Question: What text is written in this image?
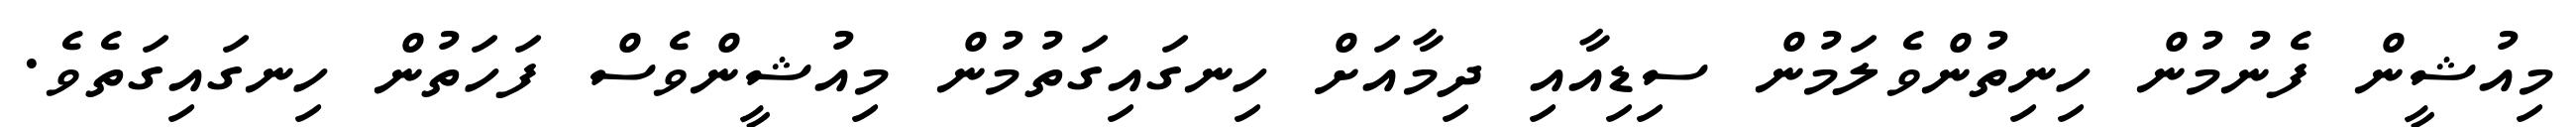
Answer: މިއުޝީން ފެނުމުން ހިނިތުންވެލަމުން ސިޑިއާއި ދިމާއަށް ހިނގައިގަތުމުން މިއުޝީންވެސް ފަހަތުން ހިނގައިގަތެވެ.